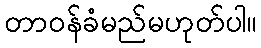
တာဝန်ခံမည်မဟုတ်ပါ။